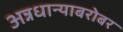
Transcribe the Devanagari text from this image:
अन्नधान्याबरोबर